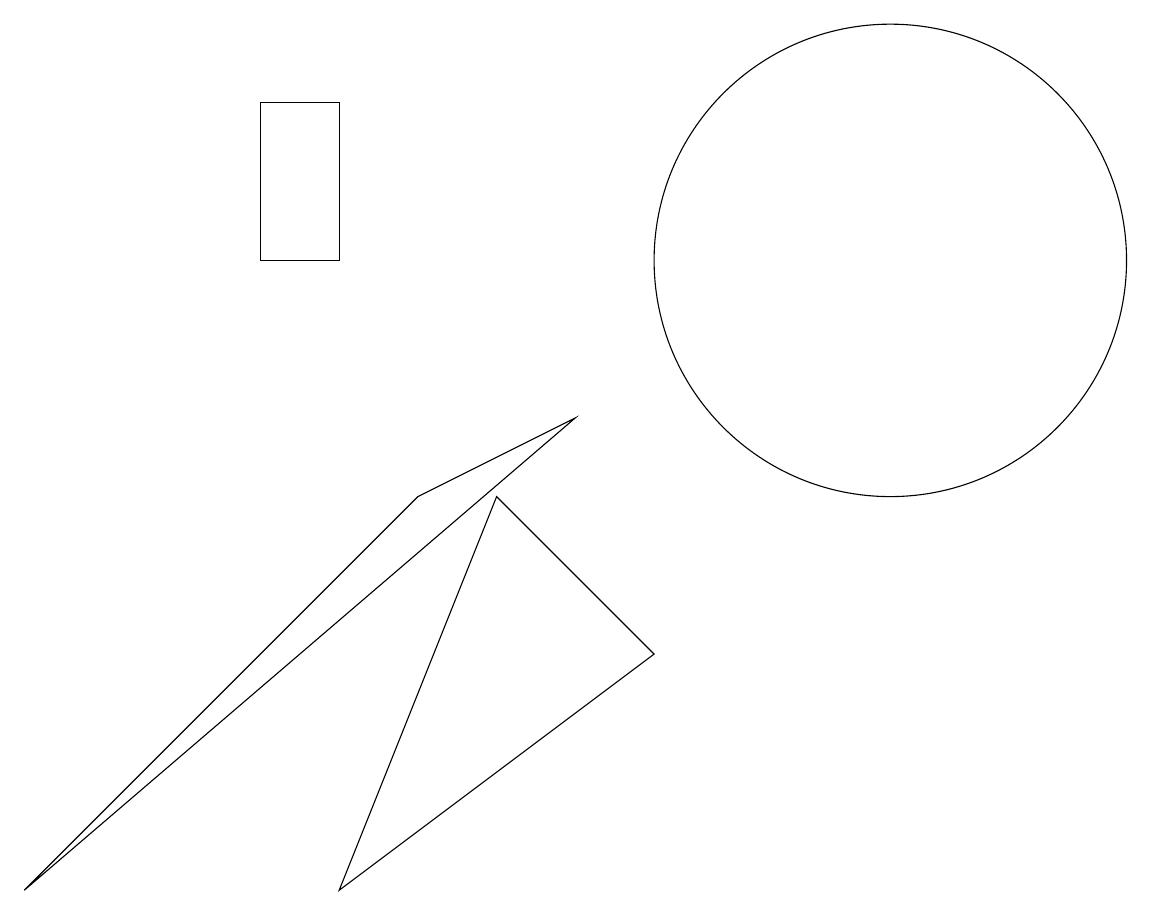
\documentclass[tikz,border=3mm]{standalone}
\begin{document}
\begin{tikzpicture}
\draw (3,12) rectangle (4,10);
\draw (4,2) -- (6,7) -- (8,5) -- cycle;
\draw (11,10) circle (3);
\draw (7,8) -- (0,2) -- (5,7) -- cycle;
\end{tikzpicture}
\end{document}